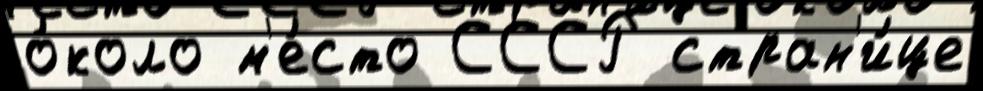
о́коло м'е́сто СССР стран'и́це